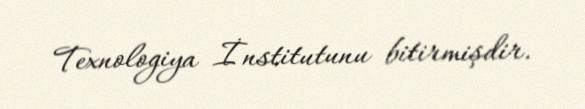
Texnologiya İnstitutunu bitirmişdir.